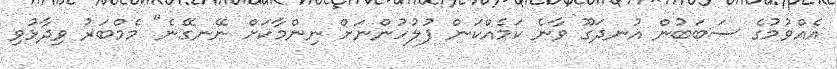
އެއްވުމުގެ ސަބަބުން އުނދަގޫ ވާނެ ކަމެއްކަން ފުލުހުންނަށް ނިންމާކަށް ނޭނގޭނެ" މެމްބަރު ވިދާޅުވި